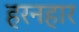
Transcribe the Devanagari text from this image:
हरनहार